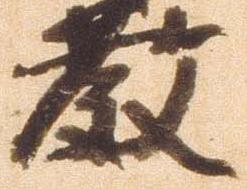
教